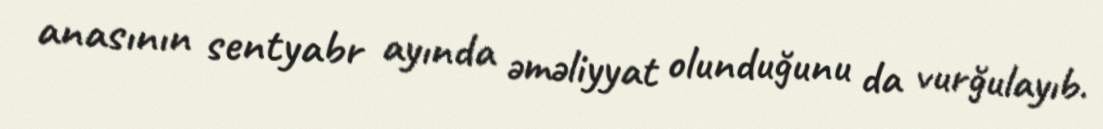
anasının sentyabr ayında əməliyyat olunduğunu da vurğulayıb.